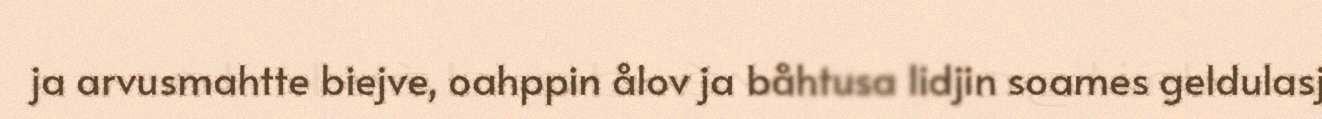
ja arvusmahtte biejve, oahppin ålov ja båhtusa lidjin soames geldulasj